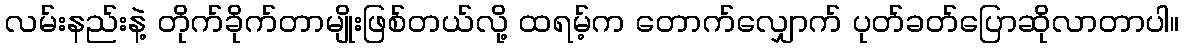
လမ်းနည်းနဲ့ တိုက်ခိုက်တာမျိုးဖြစ်တယ်လို့ ထရမ့်က တောက်လျှောက် ပုတ်ခတ်ပြောဆိုလာတာပါ။